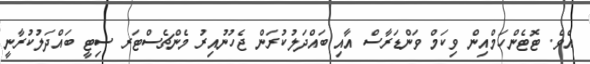
އެވެ. ޓޮޓެންހަމްއިން ވިކަމް ވަންޑަރާސް އާއި ބައްދަލުކުރަން ޖެހުނުއިރު މެންޗެސްޓަރ ސިޓީ ބައްދަލުކުރާނީ